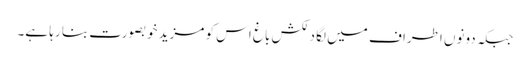
جبکہ دونوں اطراف میں لگا دلکش باغ اس کو مزید خوبصورت بنا رہا ہے۔